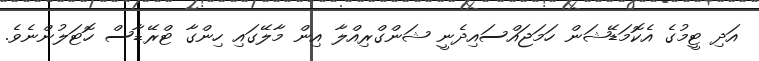
އަދި ޓީމުގެ އެކޮމަޑޭޝަން ހަމަޖައްސައިދެނީ ޝަންގްރިއްލާ އިން މާލޭގައި ހިންގާ ޓްރޭޑާސް ހޮޓަލުންނެވެ.